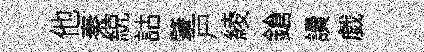
他秦綂詁肇戸綾鎗讀戯